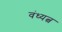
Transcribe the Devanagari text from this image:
वंध्यत्व